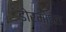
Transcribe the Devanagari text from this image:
डोरमाइस